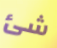
شئ